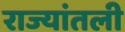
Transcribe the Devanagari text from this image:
राज्यांतली